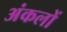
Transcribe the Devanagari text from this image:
अंकलों